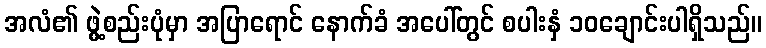
အလံ၏ ဖွဲ့စည်းပုံမှာ အပြာရောင် နောက်ခံ အပေါ်တွင် စပါးနှံ ၁၀ချောင်းပါရှိသည်။